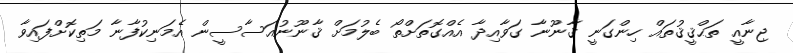
ޖިނާއީ ތަޙްޤީޤުތައް ހިންގަނީ ޤާނޫނާ ގަވާއިދާ އެއްގޮތަށްތޯ ބެލުމަށް ޤާނޫނުއަސާސީން އެމަނިކުފާނާ މަތިކޮށްފައިވާ